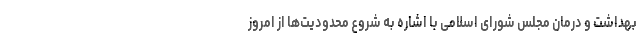
بهداشت و درمان مجلس شورای اسلامی با اشاره به شروع محدودیت‌ها از امروز